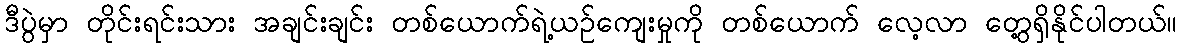
ဒီပွဲမှာ တိုင်းရင်းသား အချင်းချင်း တစ်ယောက်ရဲ့ယဉ်ကျေးမှုကို တစ်ယောက် လေ့လာ တွေ့ရှိနိုင်ပါတယ်။